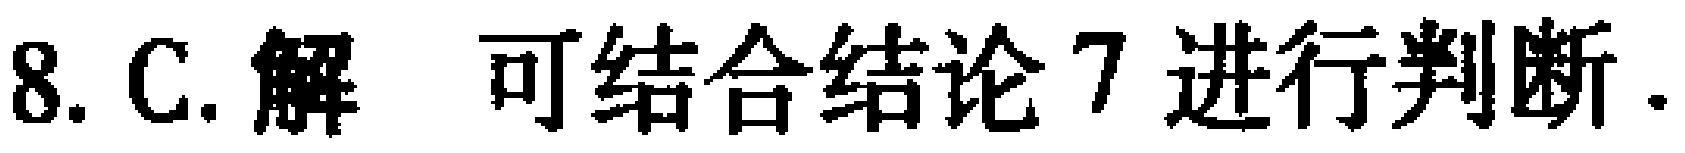
8. C. 解 可结合结论 7 进行判断.